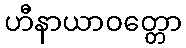
ဟီနာယာဝတ္တော